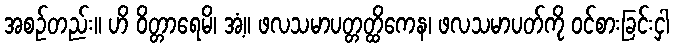
အစဉ်တည်း။ ဟိ ဝိတ္တာရေမိ၊ အံ့။ ဖလသမာပတ္တတ္ထိကေန၊ ဖလသမာပတ်ကို ဝင်စားခြင်းငှါ